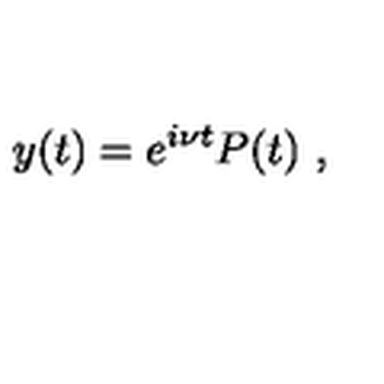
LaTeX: y ( t ) = e ^ { i \nu t } P ( t ) \ ,